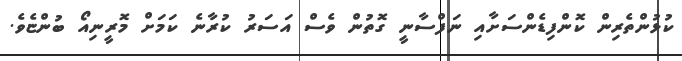
ކުޅުންތެރިން ކޮންފިޑެންސަށާއި ނަފްސާނީ ގޮތުން ވެސް އަސަރު ކުރާނެ ކަމަށް މޮރީނިއޯ ބުންޏެވެ.